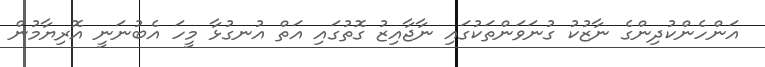
އަންހެންކުދިންގެ ނާޒުކު ގުނަވަންތަކުގައި ނާޖާއިޒު ގޮތުގައި އަތް އުނގުޅާ މީހަ އެބުނަނީ އޮރިޔާމުން